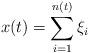
LaTeX: \begin{align*} x(t)=\sum_{i=1}^{n(t)}\xi_i\end{align*}